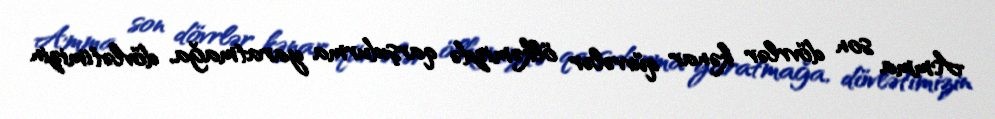
Amma son dövrlər kənar qüvvələr ölkəmizdə qarşıdurma yaratmağa, dövlətimizin